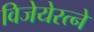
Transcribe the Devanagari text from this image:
विजेयेरत्ने